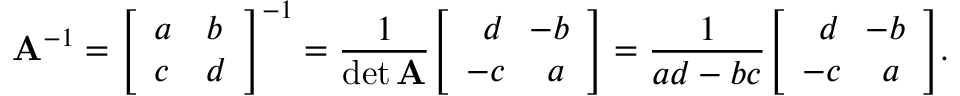
\mathbf { A } ^ { - 1 } = { \left[ \begin{array} { l l } { a } & { b } \\ { c } & { d } \end{array} \right] } ^ { - 1 } = { \frac { 1 } { \operatorname* { d e t } \mathbf { A } } } { \left[ \begin{array} { l l } { \, \, \, d } & { \! \! - b } \\ { - c } & { \, a } \end{array} \right] } = { \frac { 1 } { a d - b c } } { \left[ \begin{array} { l l } { \, \, \, d } & { \! \! - b } \\ { - c } & { \, a } \end{array} \right] } .